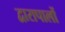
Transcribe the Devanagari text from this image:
द्वारापालों